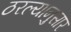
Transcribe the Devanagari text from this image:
ठरल्यानुसार